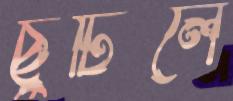
ছুটিলে